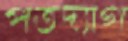
পতদ্যাগ